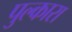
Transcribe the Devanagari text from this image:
पुल्कारा